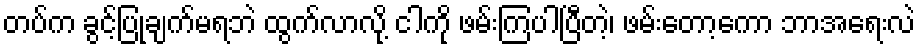
တပ်က ခွင့်ပြုချက်မရဘဲ ထွက်လာလို့ ငါကို ဖမ်းကြပါပြီတဲ့၊ ဖမ်းတော့ကော ဘာအရေးလဲ